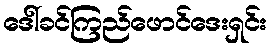
ဒေါ်ခင်ကြည်ဖောင်ဒေးရှင်း